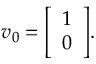
v _ { 0 } = { \left[ \begin{array} { l } { 1 } \\ { 0 } \end{array} \right] } .